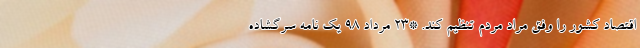
اقتصاد کشور را وفق مراد مردم تنظیم کند. *۲۳ مرداد ۹۸ یک نامه سرگشاده